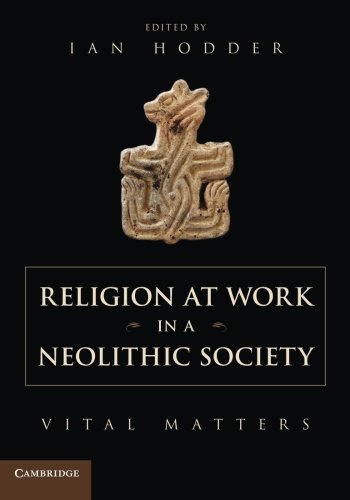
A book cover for Religion at Work in a Neolithic Society: Vital Matters; History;